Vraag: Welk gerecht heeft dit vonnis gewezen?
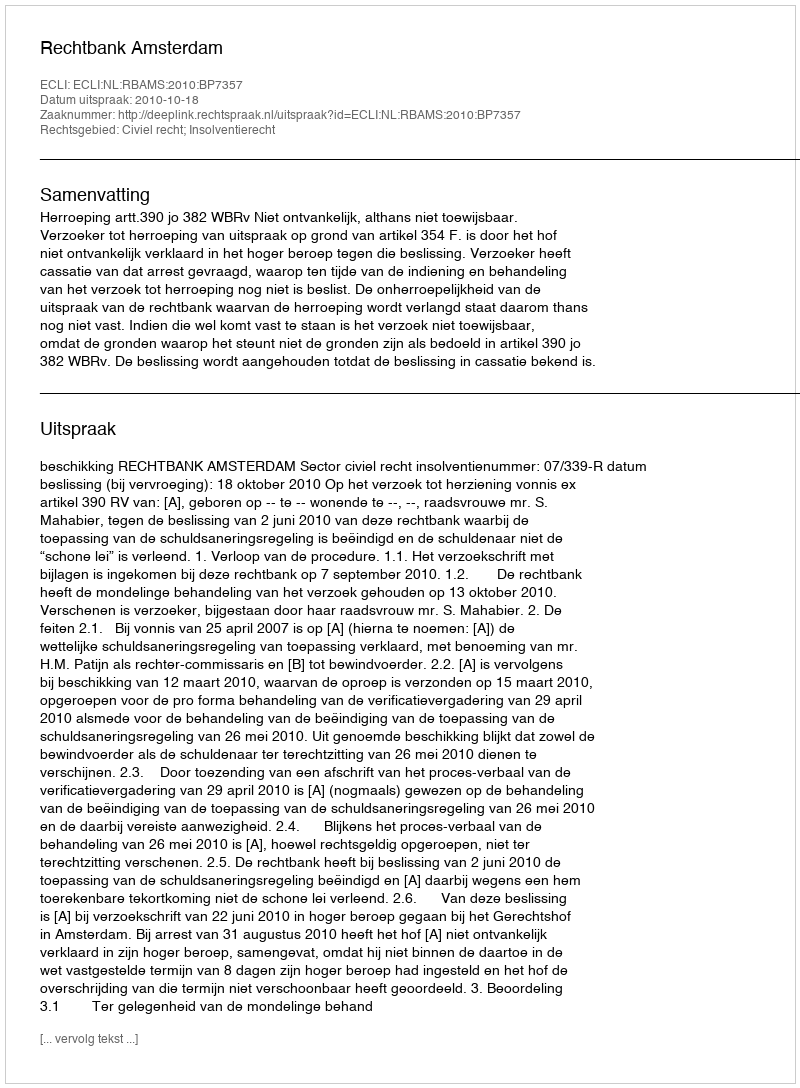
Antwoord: Rechtbank Amsterdam